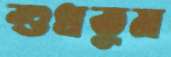
শুধতুম